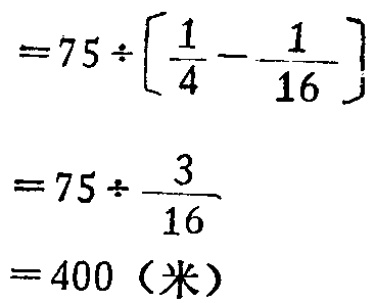
\[
\begin{align*}
&=75\div\left[\frac{1}{4}-\frac{1}{16}\right]\\
&=75\div\frac{3}{16}\\
&=400 \text{（米）}
\end{align*}
\]